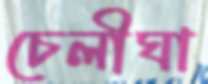
চেলীঘা